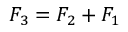
F _ { 3 } = F _ { 2 } + F _ { 1 }